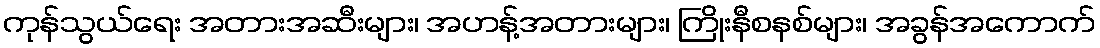
ကုန်သွယ်ရေး အတားအဆီးများ၊ အဟန့်အတားများ၊ ကြိုးနီစနစ်များ၊ အခွန်အကောက်